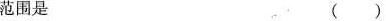
范围是 ( )